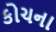
કોચના